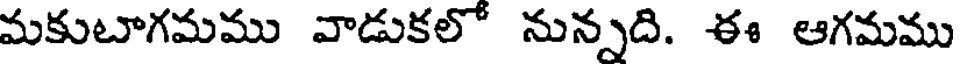
మకుటాగమము వాడుకలో నున్నది. ఈ ఆగమము